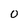
Character: 0